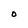
Character: O